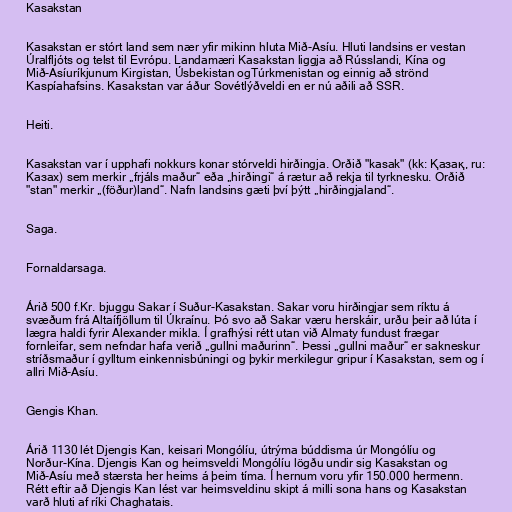
Kasakstan

Kasakstan er stórt land sem nær yfir mikinn hluta Mið-Asíu. Hluti landsins er vestan
Úralfljóts og telst til Evrópu. Landamæri Kasakstan liggja að Rússlandi, Kína og
Mið-Asíuríkjunum Kirgistan, Úsbekistan ogTúrkmenistan og einnig að strönd
Kaspíahafsins. Kasakstan var áður Sovétlýðveldi en er nú aðili að SSR.

Heiti.

Kasakstan var í upphafi nokkurs konar stórveldi hirðingja. Orðið "kasak" (kk: Қазақ, ru:
Казах) sem merkir „frjáls maður“ eða „hirðingi“ á rætur að rekja til tyrknesku. Orðið
"stan" merkir „(föður)land“. Nafn landsins gæti því þýtt „hirðingjaland“.

Saga.

Fornaldarsaga.

Árið 500 f.Kr. bjuggu Sakar í Suður-Kasakstan. Sakar voru hirðingjar sem ríktu á
svæðum frá Altaífjöllum til Úkraínu. Þó svo að Sakar væru herskáir, urðu þeir að lúta í
lægra haldi fyrir Alexander mikla. Í grafhýsi rétt utan við Almaty fundust frægar
fornleifar, sem nefndar hafa verið „gullni maðurinn“. Þessi „gullni maður“ er sakneskur
stríðsmaður í gylltum einkennisbúningi og þykir merkilegur gripur í Kasakstan, sem og í
allri Mið-Asíu.

Gengis Khan.

Árið 1130 lét Djengis Kan, keisari Mongólíu, útrýma búddisma úr Mongólíu og
Norður-Kína. Djengis Kan og heimsveldi Mongólíu lögðu undir sig Kasakstan og
Mið-Asíu með stærsta her heims á þeim tíma. Í hernum voru yfir 150.000 hermenn.
Rétt eftir að Djengis Kan lést var heimsveldinu skipt á milli sona hans og Kasakstan
varð hluti af ríki Chaghatais.